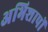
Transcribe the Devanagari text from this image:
अभिशापों